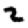
Digit: 2